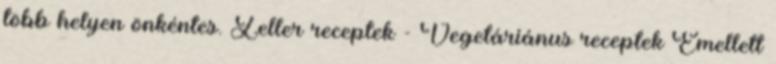
több helyen önkéntes. Zeller receptek - Vegetáriánus receptek Emellett